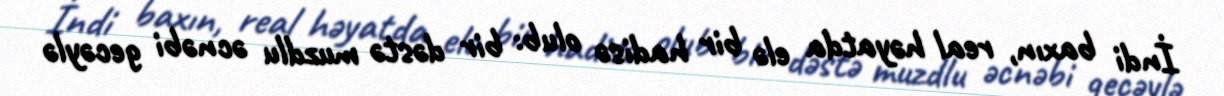
İndi baxın, real həyatda elə bir hadisə olub: bir dəstə muzdlu əcnəbi gecəylə